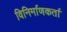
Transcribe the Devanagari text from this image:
विनिर्माणकर्ता